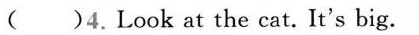
( )4.Look at the cat. It's big.